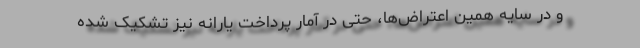
و در سایه همین اعتراض‌ها، حتی در آمار پرداخت یارانه نیز تشکیک شده